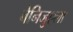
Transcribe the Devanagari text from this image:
वेनिजुएला